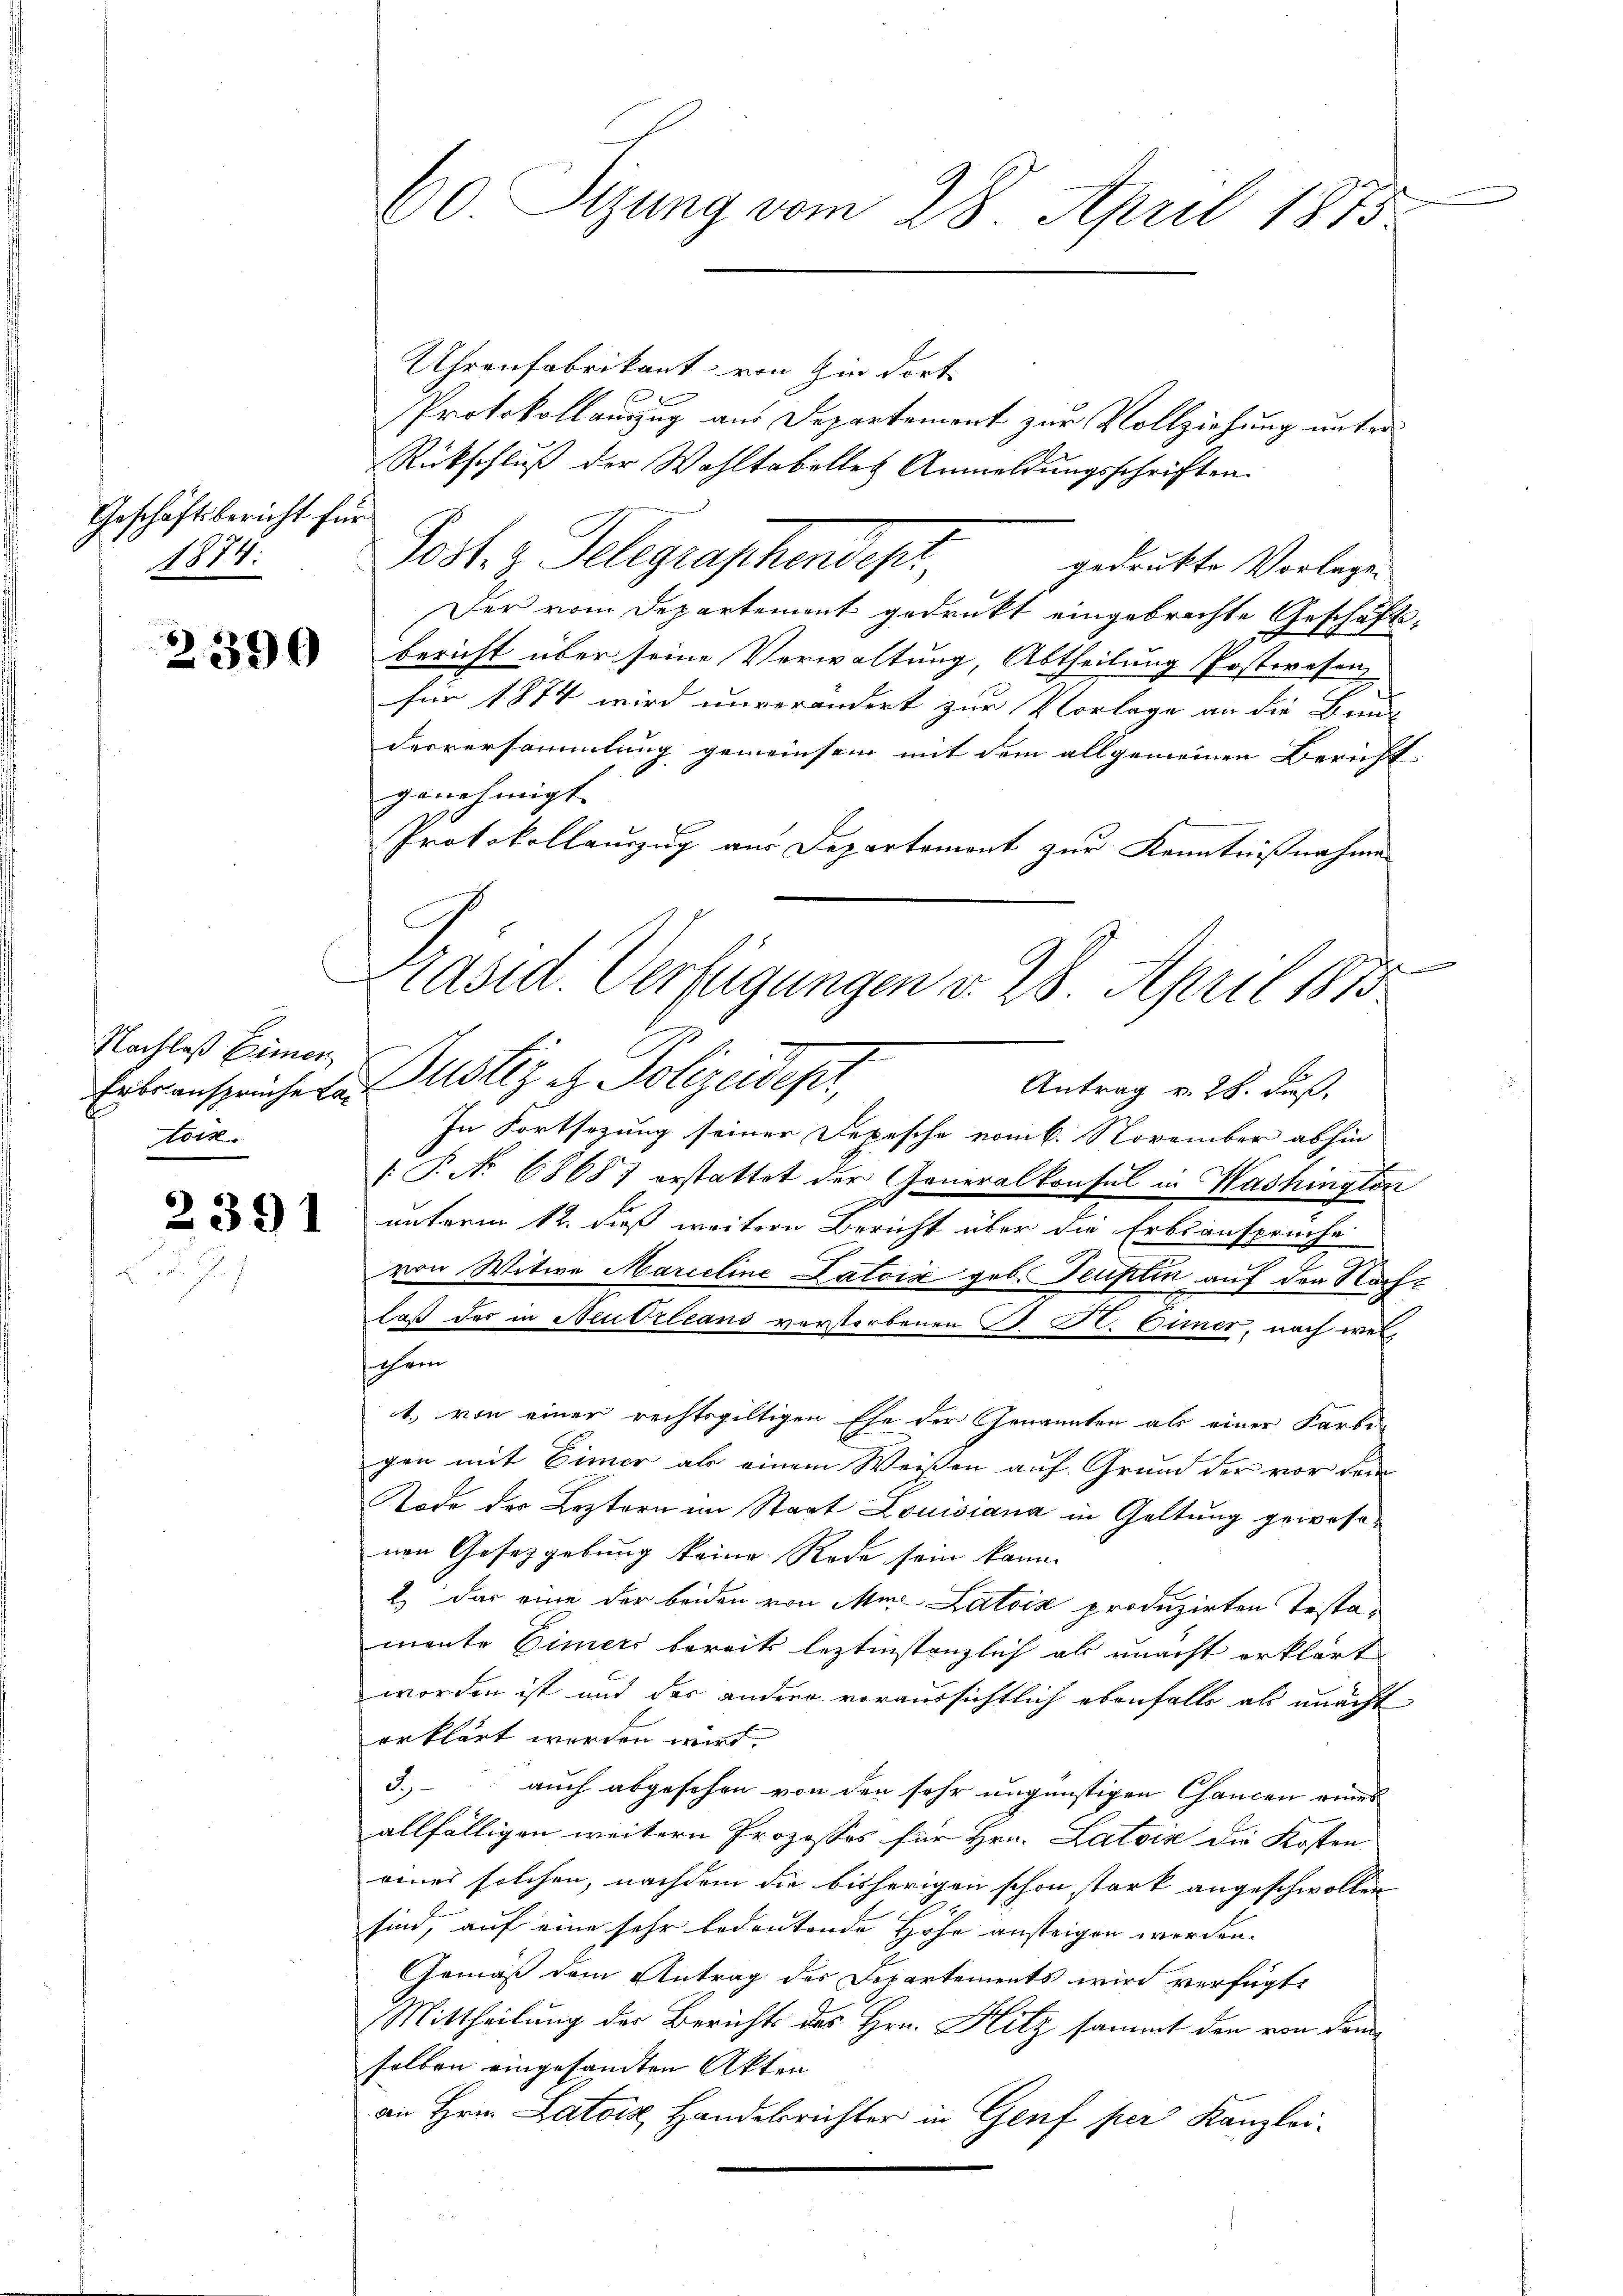
Geschäftsbericht für
1874:

2390

Nachlaß Einen,
tors.

2391

60 Sizung vom 28. April 1875

Uhrenfabrikant, von in dort
Protokollauszug aus Departement zur Vollziehung unter
Rückschluß der Wahltabelles Anmeldungsschriften
Post. z. Telegraphendepr
gedrukte Vorlage.
Der vom Departemont gedrukt eingebrachte Geschäfts¬

bericht über seine Verwaltung, Abtheilung Posteresen,
für 1874 wird unverändert zur Vorlage an die Bau-
desversammlung gemeinsam mit dem allgemeinen Bericht
genehmigt. |
Protokollauszug aus Departement zur Kenntnißnahme
.
In Fortsezung seiner Depesche vom 6. November abhin
 P. No 6868 erstattet der Generalkonsul in Washington
unterm 12. dieß weitere Bericht über die Erbsansprüche
von Witwe Marieline Latoix geb. Teuflin auf den Nach¬
7
daß das in Neutrleans vorstorbenen S. B. Gimer, nach welsochen
1., von einer rechtsgültigen Ehe der Genannten als einer Farbe
gen mit Eimer als einem Weisen auf Grund der vor dem
Tode der Leztern im Staat Louisiana in Geltung gewesenen Gesetzgebung keine Rede sein kann.
2.) Das eine der beiden von Mur Latois produzirten Testamente Eimers bereits leztinstanzlich als unacht erklärt
worden ist und das andere voraussichtlich ebenfalls als macht
erklärt werden wird.
3. auch abgesehen von den sehr ungünstigen Chancen eines
allfälligen weitern Prozesses für Hrn. Latoir die Kosten
eines solchen, nachdem die bisherigen schon stark angeschwollen
sind, auf eine sehr bedeutende Höhe ansteigen werden.
Gemäß dem Antrag des Departements wird verfügt:
Mittheilung der Berichts des Hrn. Hitz sammt den von demselben eingesandten Akten
an Hrn. Latois Handelsrichter in Genf per Kanzlei-

Präsid. Verfügungen v. 28. April 1873
Ertransprücher Notiz & Polizeidept,
Antrag v. 28. Fuß.